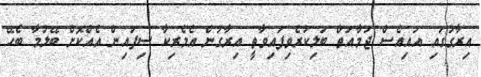
އިރާގުގައި އައިއެސް ޖަމާއަތް ބަލިކުރެވިފައިވާތީ އިރާގުން އެމެރިކާ ސިފައިން އެއްކޮށް ބޭލުމާ ބެހޭ